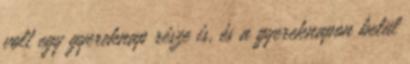
volt egy gyereknap része is, és a gyereknapon belül